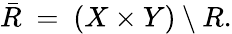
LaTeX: {\bar{R}}\ =\ (X\times Y)\setminus R.